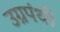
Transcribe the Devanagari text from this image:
उग्रपंथी